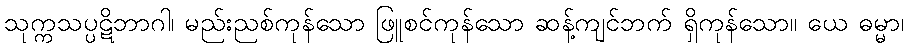
သုက္ကသပ္ပဋိဘာဂါ၊ မည်းညစ်ကုန်သော ဖြူစင်ကုန်သော ဆန့်ကျင်ဘက် ရှိကုန်သော။ ယေ ဓမ္မာ၊